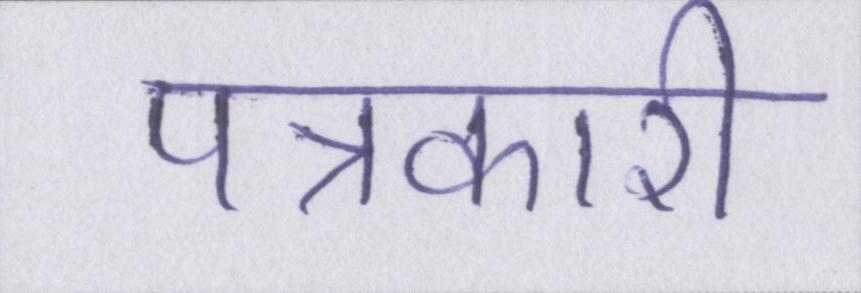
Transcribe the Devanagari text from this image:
पत्रकारी